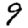
Digit: 9